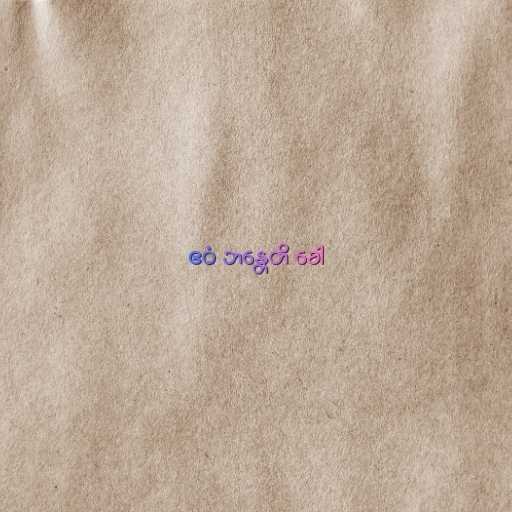
ဧဝံ ဘန္တေတိ ခေါ